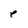
Character: e